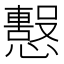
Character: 𢤙